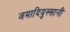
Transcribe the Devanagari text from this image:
जमादियुस्सानी